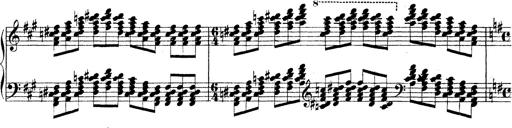
Title: Technische Studien
Composer: Franz Liszt